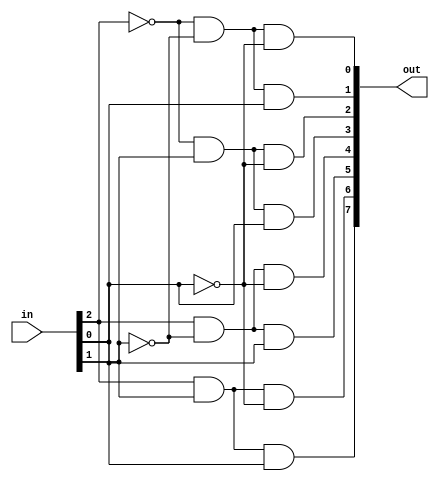
module decoder_8_1(in, out);

	input [2:0] in;
	output [7:0] out;

	assign out[0] = ~in[2] & ~in[1] & ~in[0];
	assign out[1] = ~in[2] & ~in[1] &  in[0];
	assign out[2] = ~in[2] &  in[1] & ~in[0];
	assign out[3] = ~in[2] &  in[1] &  in[0];
	assign out[4] =  in[2] & ~in[1] & ~in[0];
	assign out[5] =  in[2] & ~in[1] &  in[0];
	assign out[6] =  in[2] &  in[1] & ~in[0];
	assign out[7] =  in[2] &  in[1] &  in[0];

endmodule